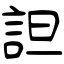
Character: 詚